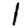
Digit: 1